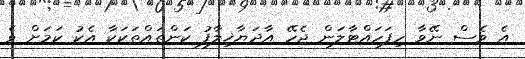
އެ ވެސް ނޭވާ ހިފަހައްޓާލަން ޖެހޭ އާދަޔާޚިލާފު ކަންތައްތަކަކާ އެކު ކަމަށް ވެ